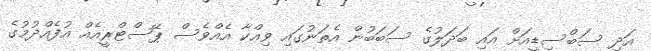
އަދި ސަބްސިޑީއަށް އައި ބަދަލުގެ ސަބަބުން އެތަނުގައި ވިއްކާ އެއްވެސް ޕޭސްޓްރީއެއް އުފެއްދުމުގެ